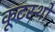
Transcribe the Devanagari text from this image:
कूटस्थो